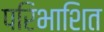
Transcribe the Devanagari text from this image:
परिभाशित